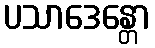
ပသာဒေန္တော